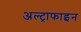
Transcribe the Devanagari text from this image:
अल्ट्राफाइन